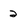
Character: 2